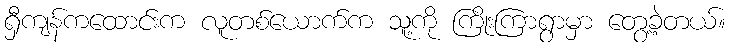
ရှီကျန်ကထောင်းက လူတစ်ယောက်က သူ့ကို ကြိုးကြာရွာမှာ တွေ့ခဲ့တယ်။